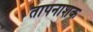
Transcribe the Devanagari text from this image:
तापनाशक